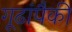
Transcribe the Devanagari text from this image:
गूढांपैकी